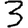
Digit: 3